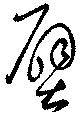
壁